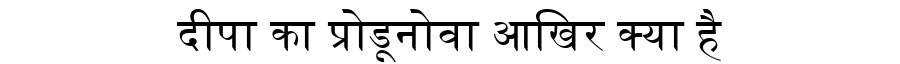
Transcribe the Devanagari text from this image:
दीपा का प्रोडूनोवा आखिर क्या है